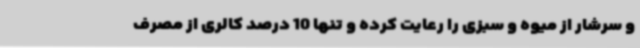
و سرشار از میوه و سبزی را رعایت کرده و تنها 10 درصد کالری از مصرف